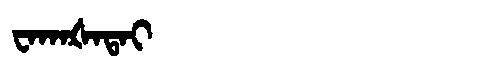
Manchu: ᠸᠠᡴᠠᡧᠠᡨᠠᡳ
Romanization: WAKAŠATAI